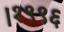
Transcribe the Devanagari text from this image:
।१९९६